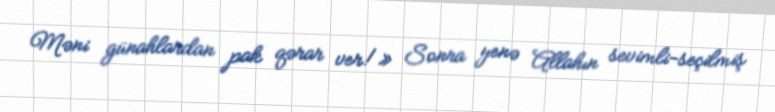
Məni günahlardan pak qərar ver!» Sonra yenə Allahın sevimli-seçilmiş